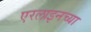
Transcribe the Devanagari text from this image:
एरलाइनच्या